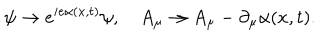
\psi \rightarrow e ^ { i e \alpha ( x , t ) } \psi , \quad A _ { \mu } \rightarrow A _ { \mu } - \partial _ { \mu } \alpha ( x , t ) .